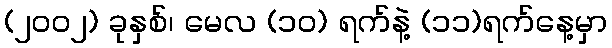
(၂၀၀၂) ခုနှစ်၊ မေလ (၁၀) ရက်နဲ့ (၁၁)ရက်နေ့မှာ